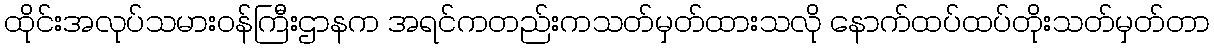
ထိုင်းအလုပ်သမားဝန်ကြီးဌာနက အရင်ကတည်းကသတ်မှတ်ထားသလို နောက်ထပ်ထပ်တိုးသတ်မှတ်တာ